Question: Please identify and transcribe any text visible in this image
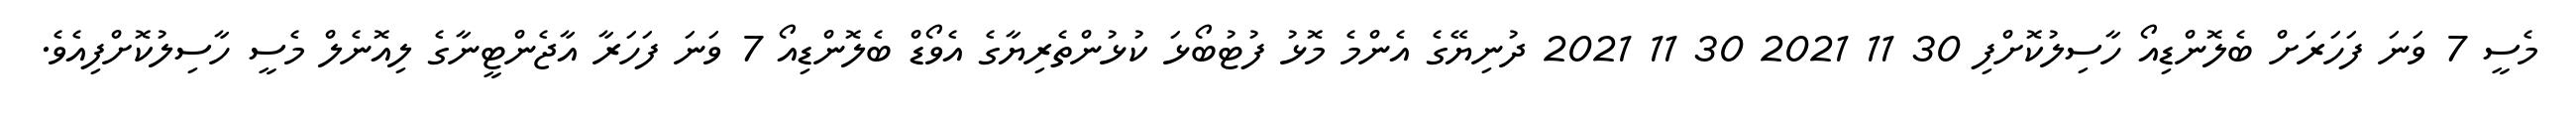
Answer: މެސީ 7 ވަނަ ފަހަރަށް ބެލޮންޑިއޯ ހާސިލުކޮށްފި 30 11 2021 30 11 2021 ދުނިޔޭގެ އެންމެ މޮޅު ފުޓުބޯޅަ ކުޅުންތެރިޔާގެ އެވޯޑް ބެލޮންޑިއޯ 7 ވަނަ ފަހަރާ އާޖެންޓީނާގެ ލިއޮނެލް މެސީ ހާސިލުކޮށްފިއެވެ.